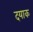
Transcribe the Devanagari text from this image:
दयाक